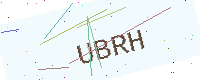
Text: UBRH